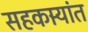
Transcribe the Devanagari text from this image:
सहकार्‍यांत